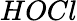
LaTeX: HOCl